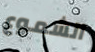
الشموع